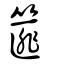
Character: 篚